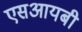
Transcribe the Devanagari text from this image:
एसआयबी